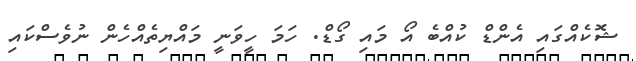
ޝޮކެއްގައި އެންޑް ކުއްބެ އޯ މައި ގޯޑް. ހަމަ ހީވަނީ މައްޔިތެއްހެން ނުވެސްކައި